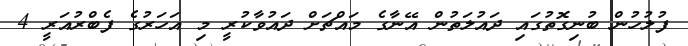
ފުލުހުން ބުނިގޮތުގައި ދައުލަތުން އޭނާގެ މައްޗަށް ދައުވާކުރީ މި އަހަރުގެ ފެބްރުއަރީ 4